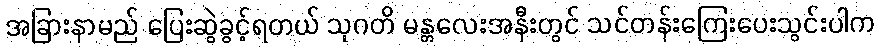
အခြားနာမည် ပြေးဆွဲခွင့်ရတယ် သုဂတိ မန္တလေးအနီးတွင် သင်တန်းကြေးပေးသွင်းပါက